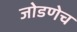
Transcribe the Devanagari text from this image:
जोडणेच